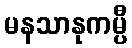
မနသာနုကမ္ပီ